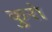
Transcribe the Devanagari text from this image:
कुरो